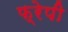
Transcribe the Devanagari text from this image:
फ्रेपी